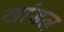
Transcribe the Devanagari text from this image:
खांडल